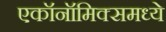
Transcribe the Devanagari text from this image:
एकॉनॉमिक्समध्ये